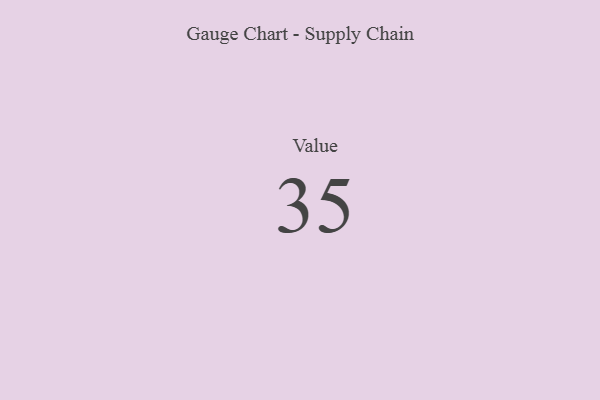
{"axis": {"x": "Metric", "y": "Value"}, "legend": [""], "data": [{"x": "Value", "y": 35, "type": ""}]}